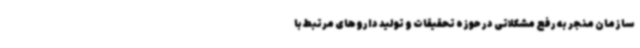
سازمان منجر به رفع مشکلاتی در حوزه تحقیقات و تولید داروهای مرتبط با